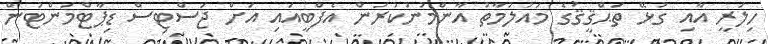
ހިލަރީ އާއި ގުޅޭ ތަޙްޤީޤުގެ މައުލުމާތު އާންމުނުކުރަން އެފްބީއައި އަށް ޖަސްޓިސް ޑިޕާޓްމަންޓުން